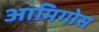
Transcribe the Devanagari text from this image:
आमिगोस